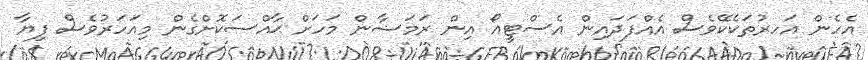
އެހެން އަަހރުތަކެކޭވެސް އެއްފަދައިން އެސްޓީއޯ އިން ރަމަޟާން މަހަށް ޙާއްސަކޮށްގެން މިއަހަރުވެސް ފިޔާ